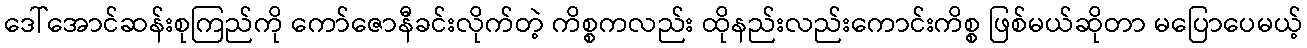
ဒေါ်အောင်ဆန်းစုကြည်ကို ကော်ဇောနီခင်းလိုက်တဲ့ ကိစ္စကလည်း ထိုနည်းလည်းကောင်းကိစ္စ ဖြစ်မယ်ဆိုတာ မပြောပေမယ့်